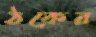
ঠকের